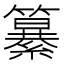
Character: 𮆷